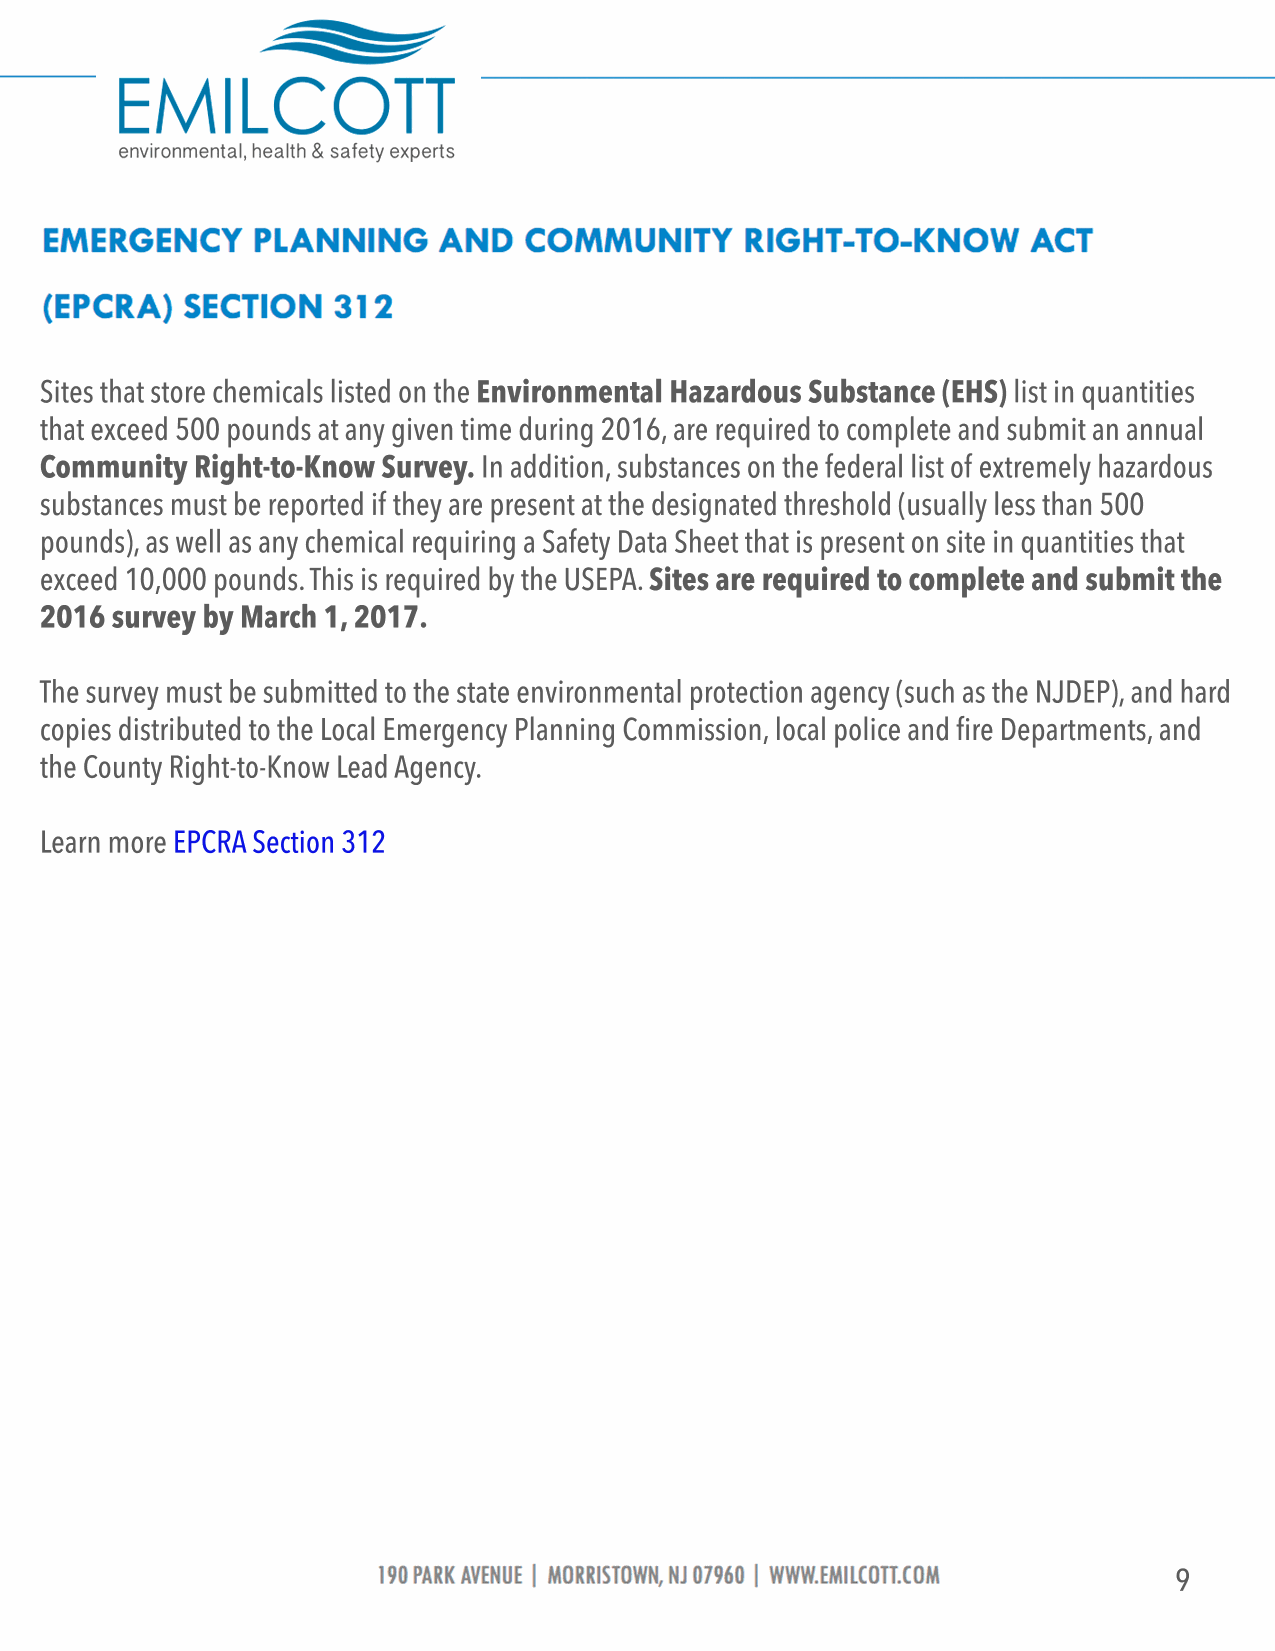
Sites that store chemicals listed on the Environmental Hazardous Substance (EHS) list in quantities
 that exceed 500 pounds at any given time during 2016, are required to complete and submit an annual
 Community Right-to-Know Survey. In addition, substances on the federal list of extremely hazardous
 substances must be reported if they are present at the designated threshold (usually less than 500
 pounds), as well as any chemical requiring a Safety Data Sheet that is present on site in quantities that
 exceed 10,000 pounds. This is required by the USEPA. Sites are required to complete and submit the
 2016 survey by March 1, 2017.
 TThe survey must be submitted to the state environmental protection agency (such as the NJDEP), and hard
 copies distributed to the Local Emergency Planning Commission, local police and fire Departments, and
 the County Right-to-Know Lead Agency.
 Learn more E P C R A S e c t i o n 3 1 2
 9